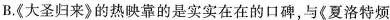
B.《大圣归来》的热映靠的是实实在在的口碑与《夏洛特烦